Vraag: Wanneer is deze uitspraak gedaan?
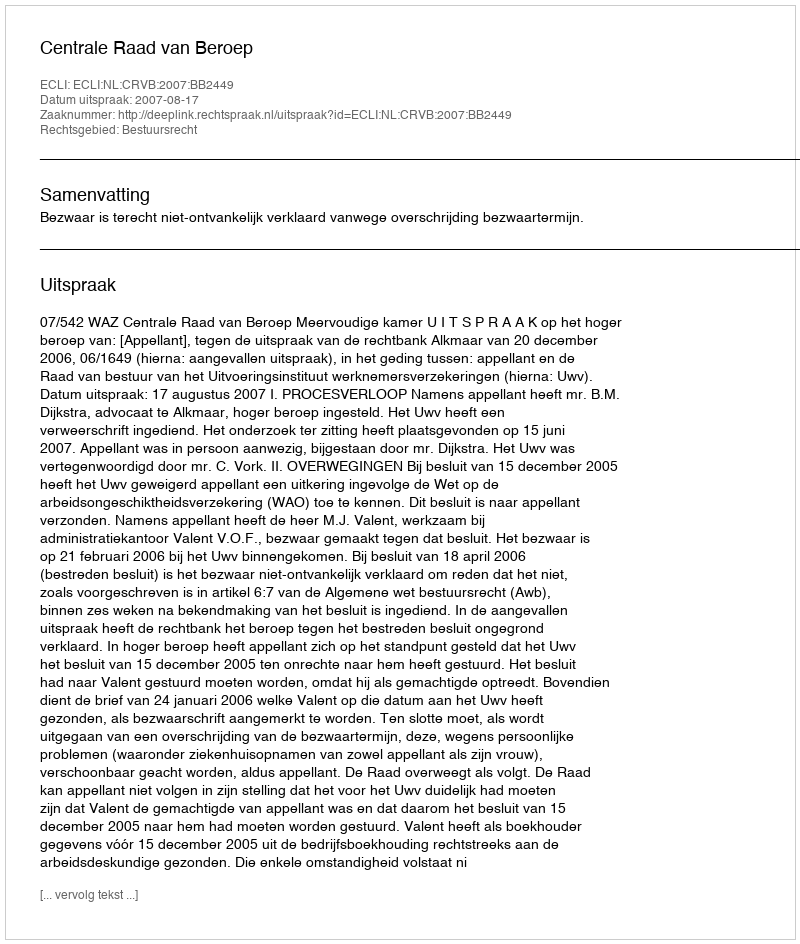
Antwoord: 2007-08-17